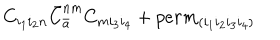
LaTeX: C _ { i _ { 1 } i _ { 2 } n } { \bar { C } } _ { \bar { a } } ^ { n m } C _ { m i _ { 3 } i _ { 4 } } + p e r m _ { ( i _ { 1 } i _ { 2 } i _ { 3 } i _ { 4 } ) }